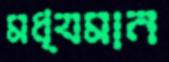
মধ্যমান